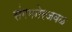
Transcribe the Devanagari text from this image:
संगमनेरजवळ